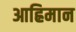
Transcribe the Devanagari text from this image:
आह्रिमान